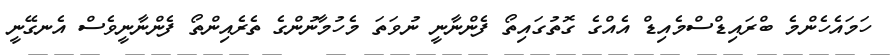
ހަމައެހެންމެ ބްރައިޑްސްމެއިޑް އެއްގެ ގޮތުގައިތޯ ފެންނާނީ ނުވަތަ މެހުމާނުންގެ ތެރެއިންތޯ ފެންނާނީވެސް އެނގޭނީ